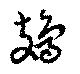
鳷